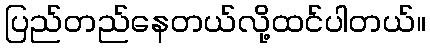
ပြည်တည်နေတယ်လို့ထင်ပါတယ်။